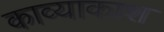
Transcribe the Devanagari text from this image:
काव्याकाश